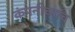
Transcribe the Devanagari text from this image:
कंपनीच्याच